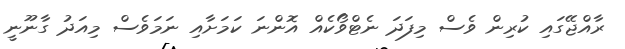
ރާއްޖޭގައި ކުރިން ވެސް މިފަދަ ނެޓްވޯކެއް އޮންނަ ކަމަށާއި ނަމަވެސް މިއަދު ގާނޫނީ